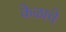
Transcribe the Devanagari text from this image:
केळाचे